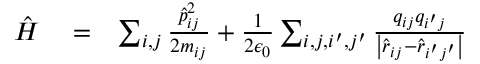
\begin{array} { r l r } { \hat { H } } & { { } = } & { \sum _ { i , j } \frac { \hat { p } _ { i j } ^ { 2 } } { 2 m _ { i j } } + \frac { 1 } { 2 \epsilon _ { 0 } } \sum _ { i , j , i ^ { \prime } , j ^ { \prime } } \frac { q _ { i j } q _ { i ^ { \prime } j } } { \left| \hat { \boldsymbol r } _ { i j } - \hat { \boldsymbol r } _ { i ^ { \prime } j ^ { \prime } } \right| } } \end{array}